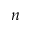
n